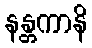
နန္တကာနိ